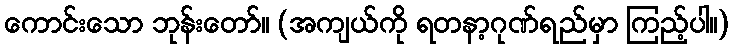
ကောင်းသော ဘုန်းတော်။ (အကျယ်ကို ရတနာ့ဂုဏ်ရည်မှာ ကြည့်ပါ။)